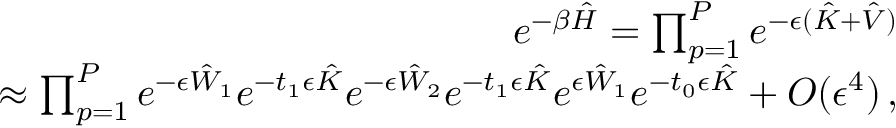
\begin{array} { r l r } & { } & { e ^ { - \beta \hat { H } } = \prod _ { p = 1 } ^ { P } e ^ { - \epsilon ( \hat { K } + \hat { V } ) } } \\ & { } & { \approx \prod _ { p = 1 } ^ { P } e ^ { - \epsilon \hat { W } _ { 1 } } e ^ { - t _ { 1 } \epsilon \hat { K } } e ^ { - \epsilon \hat { W } _ { 2 } } e ^ { - t _ { 1 } \epsilon \hat { K } } e ^ { \epsilon \hat { W } _ { 1 } } e ^ { - t _ { 0 } \epsilon \hat { K } } + O ( \epsilon ^ { 4 } ) \, , } \end{array}